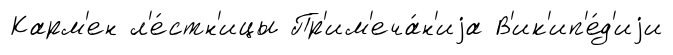
Карм'ен л'е́стн'ицы Пр'им'еча́н'иjа В'ик'ип'е́д'иjи